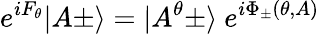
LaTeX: e^{iF_{\theta}}\vert A\pm\rangle=\vert A^{\theta}\pm\rangle\ e^{i\Phi_{\pm}(\theta,A)}